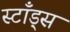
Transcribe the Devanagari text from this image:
स्टाँड्स